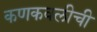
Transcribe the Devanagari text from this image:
कणकवलीची